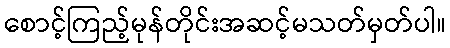
စောင့်ကြည့်မုန်တိုင်းအဆင့်မသတ်မှတ်ပါ။